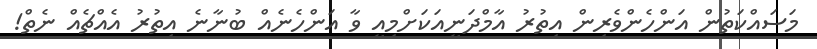
މަސައްކަތުން އަންހެންވެރިން އިތުރު އާމްދަނީއަކަށްމިއީ ވާ އަންހެނެއް ބުނާނެ އިތުރު އެއްޗެއް ނެތް!